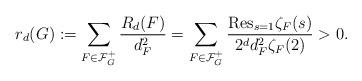
LaTeX: \begin{align*}r_d(G):=\sum_{F \in \mathcal{F}_G^{+}}\frac{R_d(F)}{d_F^{2}}=\sum_{F \in \mathcal{F}^{+}_{G}}\frac{\mathrm{Res}_{s=1}\zeta_F(s)}{2^d d_F^2 \zeta_F(2)} > 0.\end{align*}